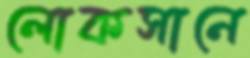
লোকসানে